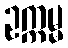
ဥက္ကမ္မ